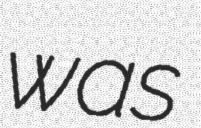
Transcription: was